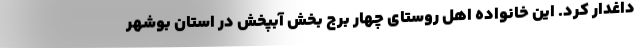
داغدار کرد. این خانواده اهل روستای چهار برج بخش آبپخش در استان بوشهر